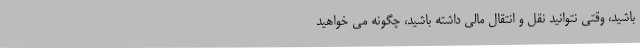
باشید، وقتی نتوانید نقل و انتقال مالی داشته باشید، چگونه می خواهید